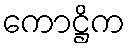
ကောဋ္ဌိက